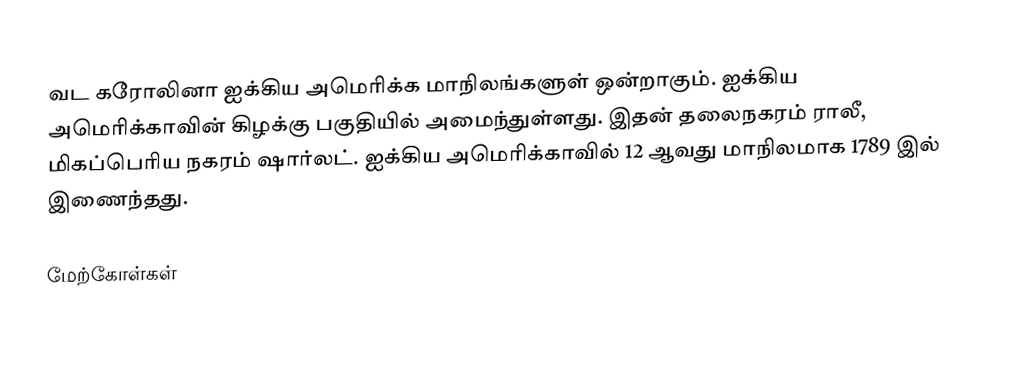
வட கரோலினா ஐக்கிய அமெரிக்க மாநிலங்களுள் ஒன்றாகும். ஐக்கிய அமெரிக்காவின் கிழக்கு பகுதியில் அமைந்துள்ளது. இதன் தலைநகரம் ராலீ, மிகப்பெரிய நகரம் ஷார்லட். ஐக்கிய அமெரிக்காவில் 12 ஆவது மாநிலமாக 1789 இல் இணைந்தது.

மேற்கோள்கள்